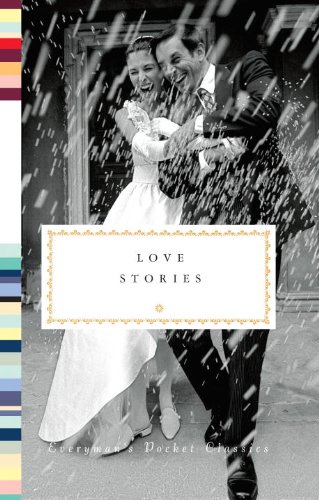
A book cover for Love Stories (Everyman's Pocket Classics); Romance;